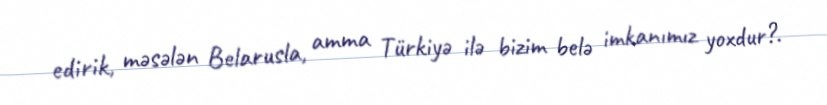
edirik, məsələn Belarusla, amma Türkiyə ilə bizim belə imkanımız yoxdur?.